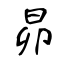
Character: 昴